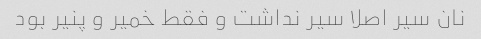
نان سیر اصلا سیر نداشت و فقط خمیر و پنیر بود